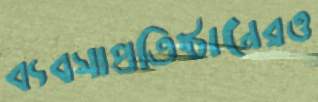
ব্যবসাপ্রতিষ্ঠানেরও